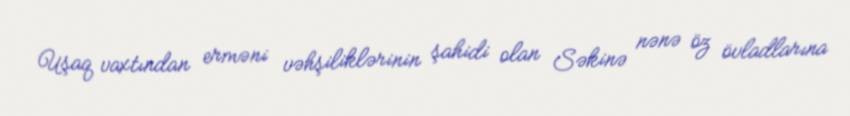
Uşaq vaxtından erməni vəhşiliklərinin şahidi olan Səkinə nənə öz övladlarına